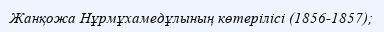
Жанқожа Нұрмұхамедұлының көтерілісі (1856-1857);